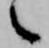
之